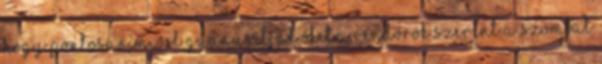
hogy pontosan mivel gyanúsítják őket.A rendőrök szerint a szombat